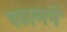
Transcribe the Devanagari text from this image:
पठाणने